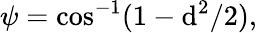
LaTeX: \psi=\cos^{-1}(1-\mathrm{d}^{2}/2),